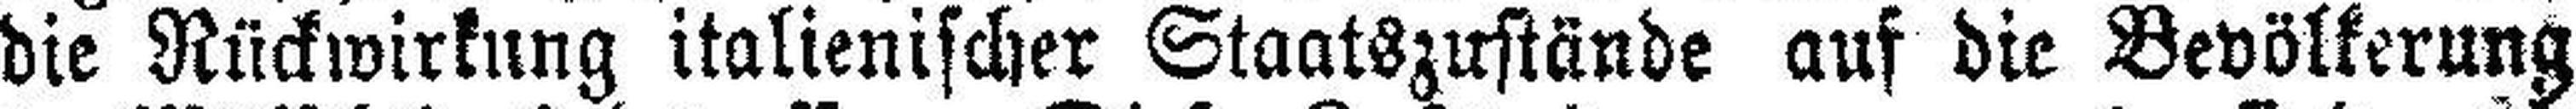
die Rückwirkung italienischer Staatszustände auf die Bevölkerung